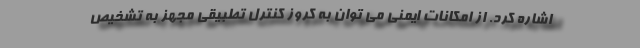
اشاره کرد. از امکانات ایمنی می توان به کروز کنترل تطبیقی مجهز به تشخیص